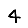
Digit: 4